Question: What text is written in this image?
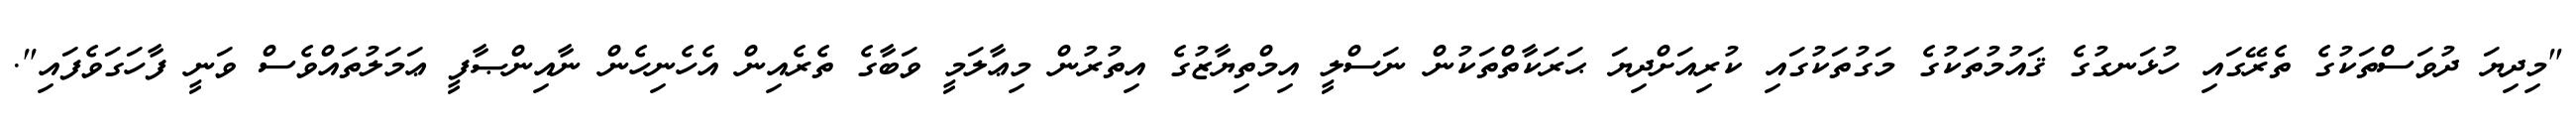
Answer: "މިދިޔަ ދުވަސްތަކުގެ ތެރޭގައި ހުޅަނގުގެ ޤައުމުތަކުގެ މަގުތަކުގައި ކުރިއަށްދިޔަ ޙަރަކާތްތަކުން ނަސްލީ އިމްތިޔާޒުގެ އިތުރުން މިޢާލަމީ ވަބާގެ ތެރެއިން އެހެނިހެން ނާއިންޞާފީ ޢަމަލުތައްވެސް ވަނީ ފާހަގަވެފައި".